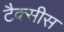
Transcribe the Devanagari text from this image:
टैक्सीस